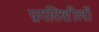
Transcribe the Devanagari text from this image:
प्रगतिशीलों